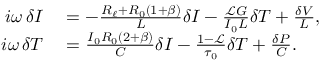
\begin{array} { r l } { \mathop { i \omega } \delta I } & { { } = - \frac { R _ { \ell } + R _ { 0 } ( 1 + \beta ) } { L } \delta I - \frac { \mathscr { L } G } { I _ { 0 } L } \delta T + \frac { \delta V } { L } , } \\ { \mathop { i \omega } \delta T } & { { } = \frac { I _ { 0 } R _ { 0 } ( 2 + \beta ) } { C } \delta I - \frac { 1 - \mathscr { L } } { \tau _ { 0 } } \delta T + \frac { \delta P } { C } . } \end{array}